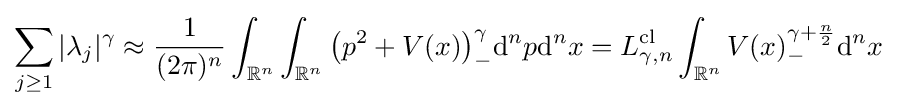
\sum _{j\geq 1}|\lambda _{j}|^{\gamma }\approx {\frac {1}{(2\pi )^{n}}}\int _{\mathbb {R} ^{n}}\int _{\mathbb {R} ^{n}}{\big (}p^{2}+V(x){\big )}_{-}^{\gamma }\mathrm {d} ^{n}p\mathrm {d} ^{n}x=L_{\gamma ,n}^{\mathrm {cl} }\int _{\mathbb {R} ^{n}}V(x)_{-}^{\gamma +{\frac {n}{2}}}\mathrm {d} ^{n}x